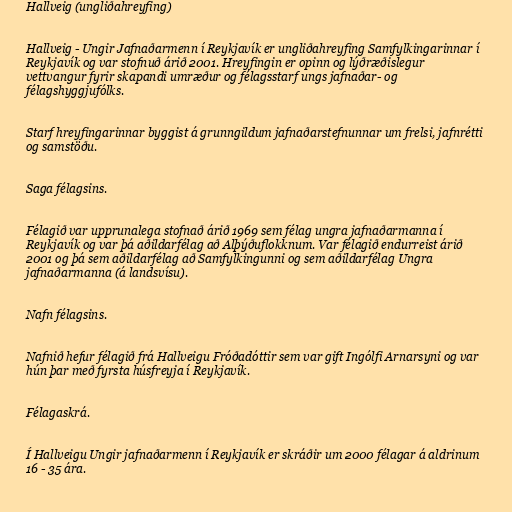
Hallveig (ungliðahreyfing)

Hallveig - Ungir Jafnaðarmenn í Reykjavík er ungliðahreyfing Samfylkingarinnar í
Reykjavík og var stofnuð árið 2001. Hreyfingin er opinn og lýðræðislegur
vettvangur fyrir skapandi umræður og félagsstarf ungs jafnaðar- og
félagshyggjufólks.

Starf hreyfingarinnar byggist á grunngildum jafnaðarstefnunnar um frelsi, jafnrétti
og samstöðu.

Saga félagsins.

Félagið var upprunalega stofnað árið 1969 sem félag ungra jafnaðarmanna í
Reykjavík og var þá aðildarfélag að Alþýðuflokknum. Var félagið endurreist árið
2001 og þá sem aðildarfélag að Samfylkingunni og sem aðildarfélag Ungra
jafnaðarmanna (á landsvísu).

Nafn félagsins.

Nafnið hefur félagið frá Hallveigu Fróðadóttir sem var gift Ingólfi Arnarsyni og var
hún þar með fyrsta húsfreyja í Reykjavík.

Félagaskrá.

Í Hallveigu Ungir jafnaðarmenn í Reykjavík er skráðir um 2000 félagar á aldrinum
16 - 35 ára.